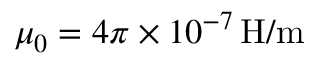
\mu _ { 0 } = 4 \pi \times 1 0 ^ { - 7 } \, \mathrm { H / m }